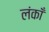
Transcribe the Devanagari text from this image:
लंकाँ